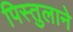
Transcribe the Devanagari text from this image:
पिस्तुलाने